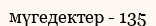
мүгедектер - 135